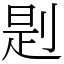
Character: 㓳